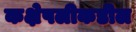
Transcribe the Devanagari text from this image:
कक्षेपलीकडील